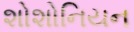
શોશોનિયન